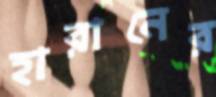
হারানের